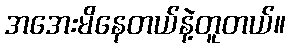
အအေးမိနေတယ်နဲ့တူတယ်။